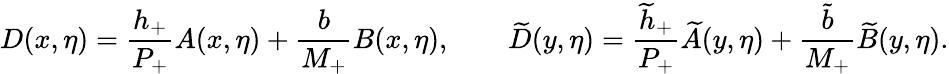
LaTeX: D(x,\eta)=\frac{h_{+}}{P_{+}}A(x,\eta)+\frac{b}{M_{+}}B(x,\eta),\qquad\widetilde{D}(y,\eta)=\frac{\widetilde h_{+}}{P_{+}}\widetilde A(y,\eta)+\frac{\widetilde b}{M_{+}}\widetilde B(y,\eta).